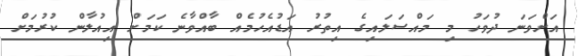
އަށްވަނަ ދުވަހު މި މައްސަލައިގެ އިތުރު އަޑުއެހުމެއް ބާއްވާނެ ކަމަށް އިއުލާން ކުރުމަށް